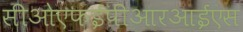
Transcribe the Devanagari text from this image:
सीओएफईपीआरआईएस